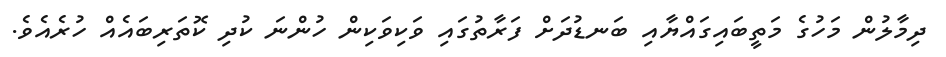
ދިމާލުން މަހުގެ މަތީބައިގައްޔާއި ބަނޑުދަށް ފަރާތުގައި ވަކިވަކިން ހުންނަ ކުދި ކޮތަރިބައެއް ހުރެއެވެ.